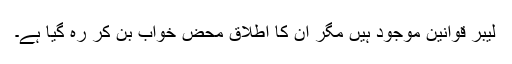
لیبر قوانین موجود ہیں مگر ان کا اطلاق محض خواب بن کر رہ گیا ہے۔